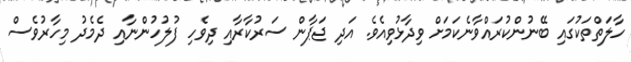
ހާލަތްތަކުގައި ބޭނުންކުރައްވާނެކަމަށް ވިދާޅުވިއެވެ. އަދި ޖަޕާން ސަރުކާރާއި ދިވެހި ފުލުހުންނާއި ދެމެދު މިހާރުވެސް